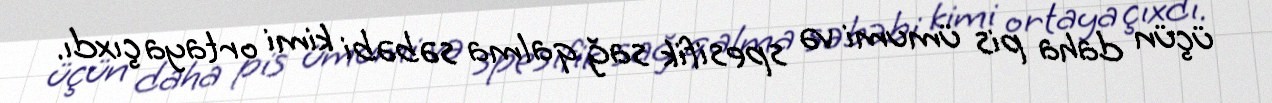
üçün daha pis ümumi və spesifik sağ qalma səbəbi kimi ortaya çıxdı.